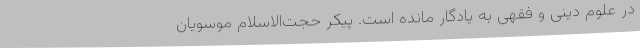
در علوم دینی و فقهی به یادگار مانده است. پیکر حجت‌الاسلام موسویان